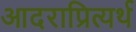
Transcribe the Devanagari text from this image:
आदराप्रित्यर्थ